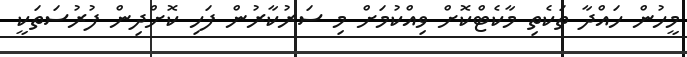
މީހުން ހައްދާ ތަކެތި މާކެޓްކޮށް ވިއްކުމަށް މި ސަރުކާރުން ފަހި ކޮށްދިން ފުރުސަތަކީ